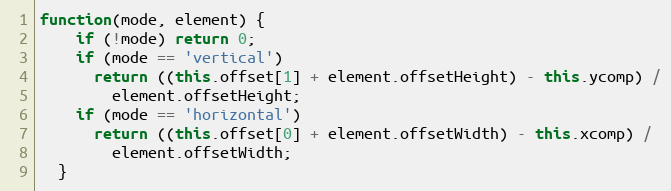
Language: JavaScript
function(mode, element) {
    if (!mode) return 0;
    if (mode == 'vertical')
      return ((this.offset[1] + element.offsetHeight) - this.ycomp) /
        element.offsetHeight;
    if (mode == 'horizontal')
      return ((this.offset[0] + element.offsetWidth) - this.xcomp) /
        element.offsetWidth;
  }